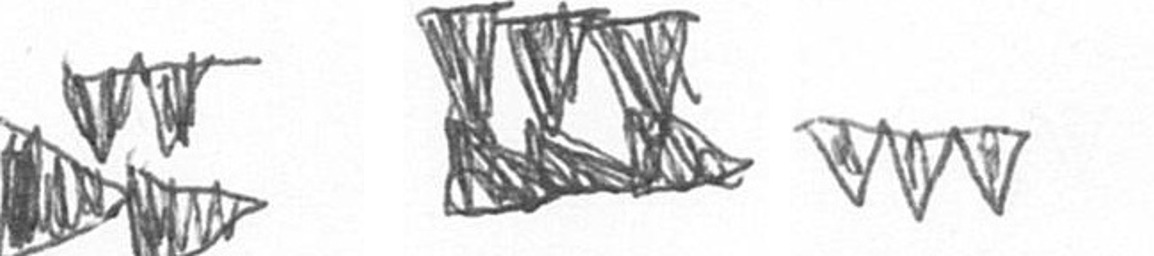
B D L